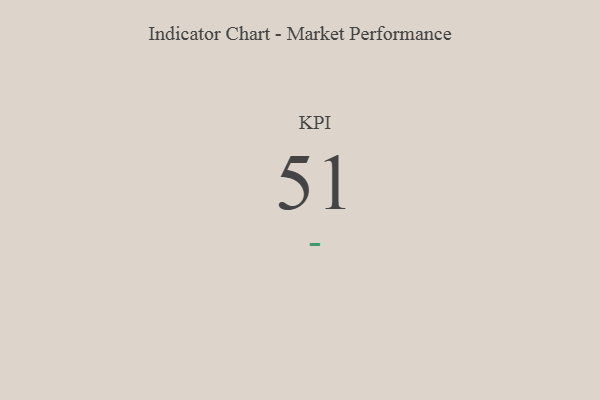
{"axis": {"x": "KPI", "y": "Value"}, "legend": [""], "data": [{"x": "KPI", "y": 51, "type": ""}]}